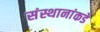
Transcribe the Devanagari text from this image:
संस्थानांकडे